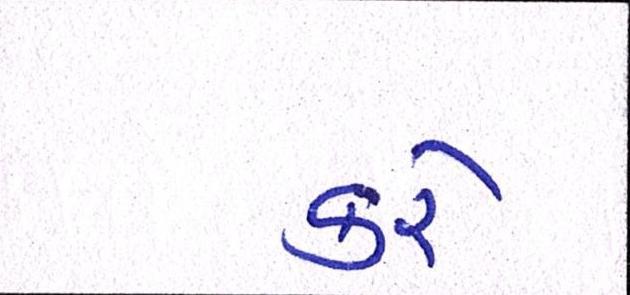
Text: કરેઃ